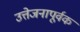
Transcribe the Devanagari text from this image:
उत्तेजनापूर्वक